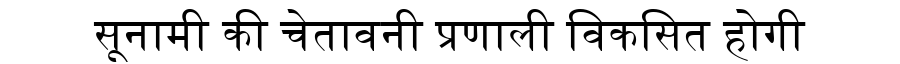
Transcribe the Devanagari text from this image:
सूनामी की चेतावनी प्रणाली विकसित होगी